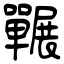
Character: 囅